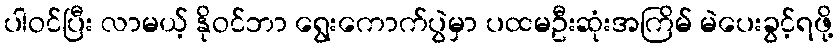
ပါဝင်ပြီး လာမယ့် နိုဝင်ဘာ ရွေးကောက်ပွဲမှာ ပထမဦးဆုံးအကြိမ် မဲပေးခွင့်ရဖို့